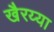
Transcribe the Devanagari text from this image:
खैरय्या